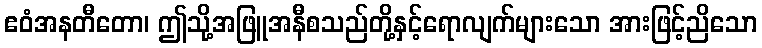
ဧဝံအနတီတော၊ ဤသို့အဖြူအနီစသည်တို့နှင့်ရောလျက်များသော အားဖြင့်ညိသော